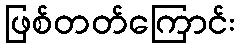
ဖြစ်တတ်ကြောင်း